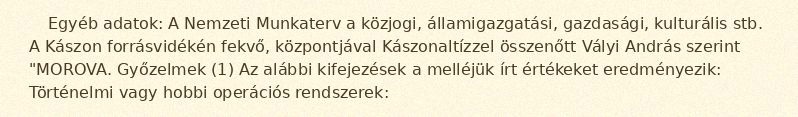
Egyéb adatok: A Nemzeti Munkaterv a közjogi, államigazgatási, gazdasági, kulturális stb. A Kászon forrásvidékén fekvő, központjával Kászonaltízzel összenőtt Vályi András szerint "MOROVA. Győzelmek (1) Az alábbi kifejezések a melléjük írt értékeket eredményezik: Történelmi vagy hobbi operációs rendszerek: